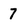
Character: 7